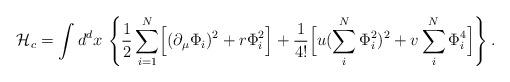
LaTeX: \begin{align*}{\cal H}_{c} = \int d^d x\, \left\{ {1\over 2} \sum_{i=1}^{N} \Bigl[ (\partial_\mu \Phi_i)^2 + r \Phi_i^2 \Bigr] +{1\over 4!} \Bigl[ u (\sum_i^N \Phi_i^2)^2 + v \sum_i^N \Phi_i^4 \Bigr]\right \} .\end{align*}